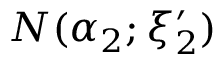
N ( \alpha _ { 2 } ; \xi _ { 2 } ^ { \prime } )